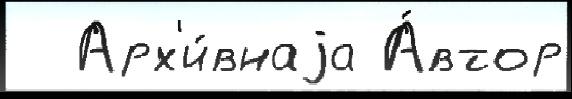
  Арх'и́внаjа А́втор